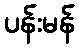
ပန်းမန်